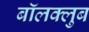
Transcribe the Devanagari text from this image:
बॉलक्लुब